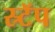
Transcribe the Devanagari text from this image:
स्र्टॅप